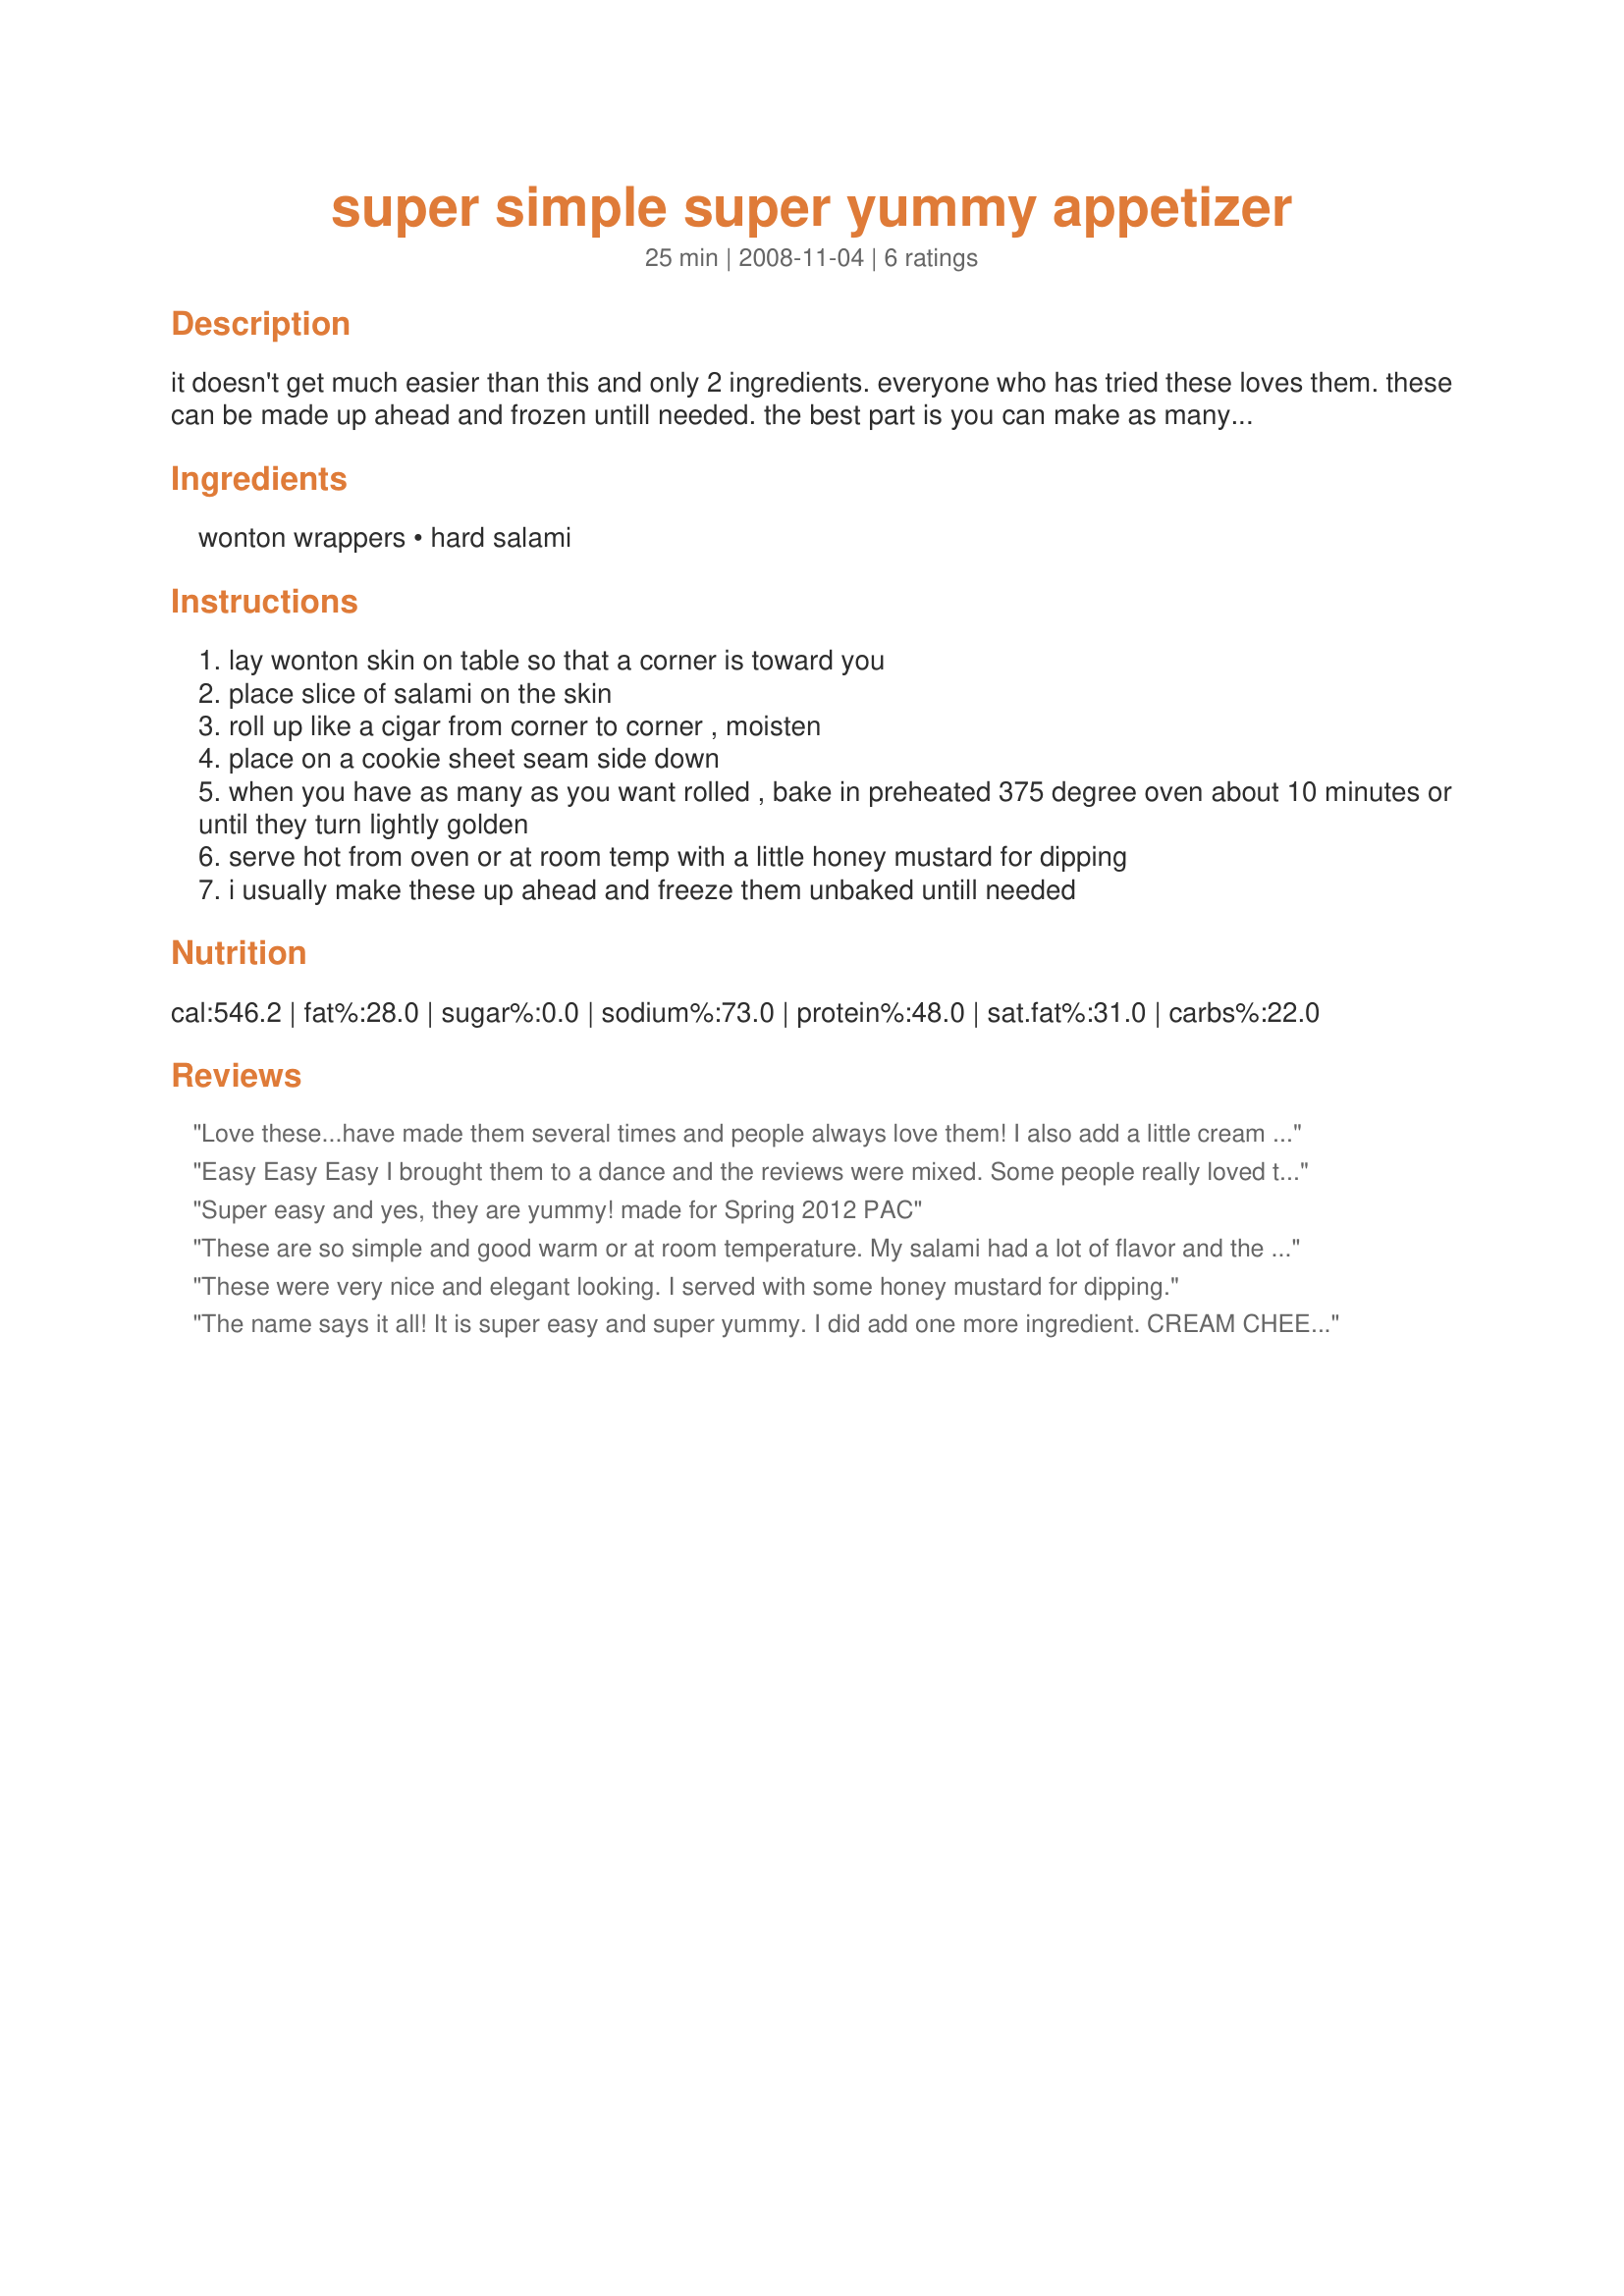
super simple super yummy appetizer
Preparation time: 25 minutes

it doesn't get much easier than this and only 2 ingredients. everyone who has tried these loves them. these can be made up ahead and frozen untill needed. the best part is you can make as many or as few as you need.

Ingredients:
wonton wrappers, hard salami

Steps:
lay wonton skin on table so that a corner is toward you
place slice of salami on the skin
roll up like a cigar from corner to corner , moisten
place on a cookie sheet seam side down
when you have as many as you want rolled , bake in preheated 375 degree oven about 10 minutes or until they turn lightly golden
serve hot from oven or at room temp with a little honey mustard for dipping
i usually make these up ahead and freeze them unbaked untill needed

Reviews:
Love these...have made them several times and people always love them! I also add a little cream cheese to the won ton wrapper sometimes just to change it up.
Easy Easy Easy I brought them to a dance and the reviews were mixed. Some people really loved them and some people said they were okay. A few mentioned cream cheese would have been a nice addition. Thanks for posting
Super easy and yes, they are yummy! made for Spring 2012 PAC
These are so simple and good warm or at room temperature. My salami had a lot of flavor and the rolls didn't need any dipping sauce. I prepared them as part of my holiday open house buffet, but they were better received when served as the appy at just a simple dinner with friends. They are excellent with a glass of wine.
These were very nice and elegant looking. I served with some honey mustard for dipping.
The name says it all! It is super easy and super yummy. I did add one more ingredient. CREAM CHEESE!! This makes it even better. Just spread the cream cheese on the wonton skin before you put the salami on. These are great either served just out of the oven or even the next day straight out of the fridge. Thank you Northern Star!
